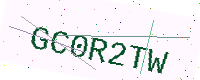
Text: GC0R2TW